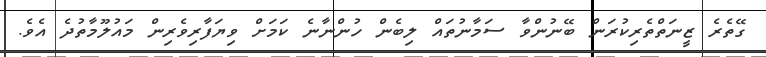
ގޭތެރެ ޒީނަތްތެރިކުރަން ބޭނުންވާ ސަމާނުތައް ލިބެން ހުންނާނެ ކަމަށް ވިޔަފާރިވެރިން މައުލޫމާތުދެ އެވެ.